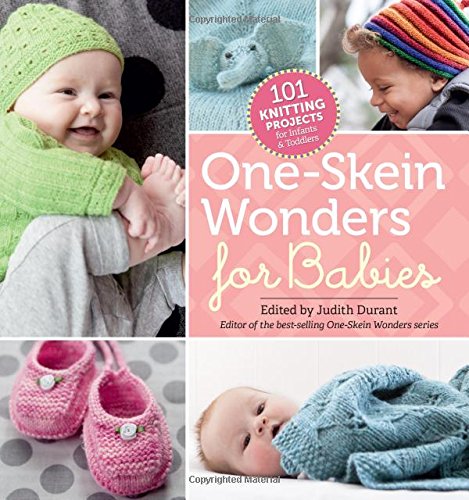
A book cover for One-Skein WondersÂ® for Babies: 101 Knitting Projects for Infants & Toddlers; Crafts, Hobbies & Home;